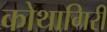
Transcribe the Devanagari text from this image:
कोथागिरी